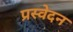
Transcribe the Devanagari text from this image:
प्रस्वेदन